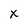
Character: x